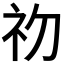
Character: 𭃡